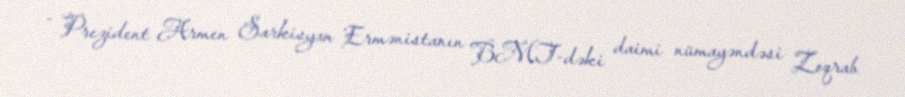
- Prezident Armen Sarkisyan Ermənistanın BMT-dəki daimi nümayəndəsi Zoqrab